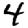
Digit: 4